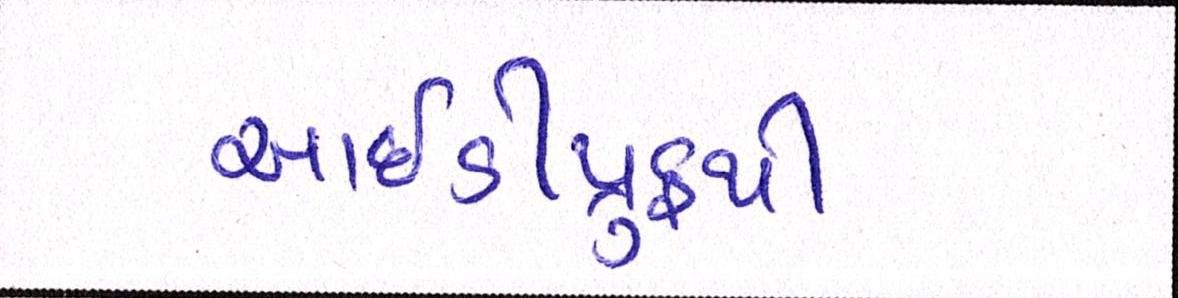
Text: આઇડીપ્રુફથી